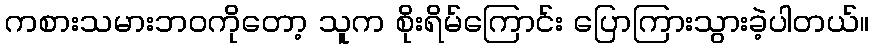
ကစားသမားဘဝကိုတော့ သူက စိုးရိမ်ကြောင်း ပြောကြားသွားခဲ့ပါတယ်။